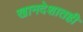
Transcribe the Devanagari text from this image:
खानदेशातही